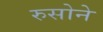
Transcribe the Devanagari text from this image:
रुसोने